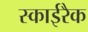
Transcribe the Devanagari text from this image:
स्काईरैक